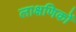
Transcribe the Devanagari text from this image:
लाक्षणिकों